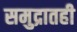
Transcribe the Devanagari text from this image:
समुद्रातही